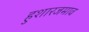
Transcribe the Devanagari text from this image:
हुशारजमाव